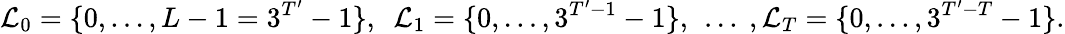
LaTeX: \mathcal{L}_{0}=\{ 0,\dotsc,L-1=3^{T^{\prime}}-1\} ,\ \ \mathcal{L}_{1}=\{ 0,\dotsc,3^{T^{\prime}-1}-1\} ,\ \dotsc\ ,\mathcal{L}_{T}=\{ 0,\dotsc,3^{T^{\prime}-T}-1\} .